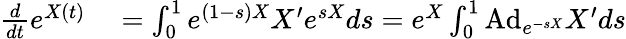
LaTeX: \begin{array}{rl}{{\frac{d}{dt}}e^{X(t)}}&{{}=\int_{0}^{1}e^{(1-s)X}X^{\prime}e^{sX}ds=e^{X}\int_{0}^{1}\mathrm{Ad}_{e^{-sX}}X^{\prime}ds}\end{array}